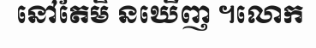
នៅតែមិ នឃើញ ។លោក